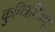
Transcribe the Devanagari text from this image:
कुमित्रमित्रम्।